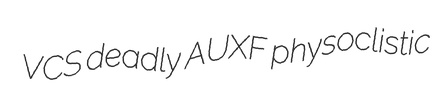
VCS deadly AUXF physoclistic